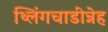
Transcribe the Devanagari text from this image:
थ्लिंगचाडीन्नेह